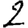
Digit: 2